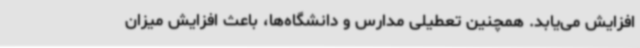
افزایش می‌یابد. همچنین تعطیلی مدارس و دانشگاه‌ها، باعث افزایش میزان